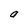
Character: a